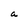
Character: a